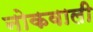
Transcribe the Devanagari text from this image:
नोकवाली